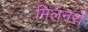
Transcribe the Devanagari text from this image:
मिलनरो